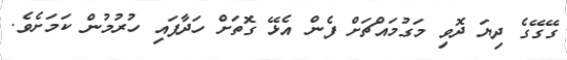
ގޭގޭގެ ދިޔަ ދޮވި މަގުމައްޗަށް ފެން އެޅޭ ގޮތަށް ހަދާފައި ހުރުމުން ކަމަށެވެ.